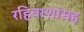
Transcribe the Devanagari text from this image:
रहिवाशांसह